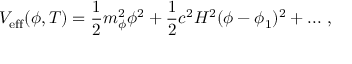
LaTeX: V _ { \mathrm { e f f } } ( \phi , T ) = \frac { 1 } { 2 } m _ { \phi } ^ { 2 } \phi ^ { 2 } + \frac { 1 } { 2 } c ^ { 2 } H ^ { 2 } ( \phi - \phi _ { 1 } ) ^ { 2 } + . . . \ ,